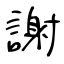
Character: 謝